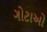
ગોટાઓ